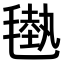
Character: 𣯭